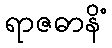
ရာဇဓာနိံ